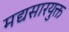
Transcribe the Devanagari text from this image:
मद्यसारयुक्त